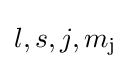
l,s,j,m_{\text{j}}